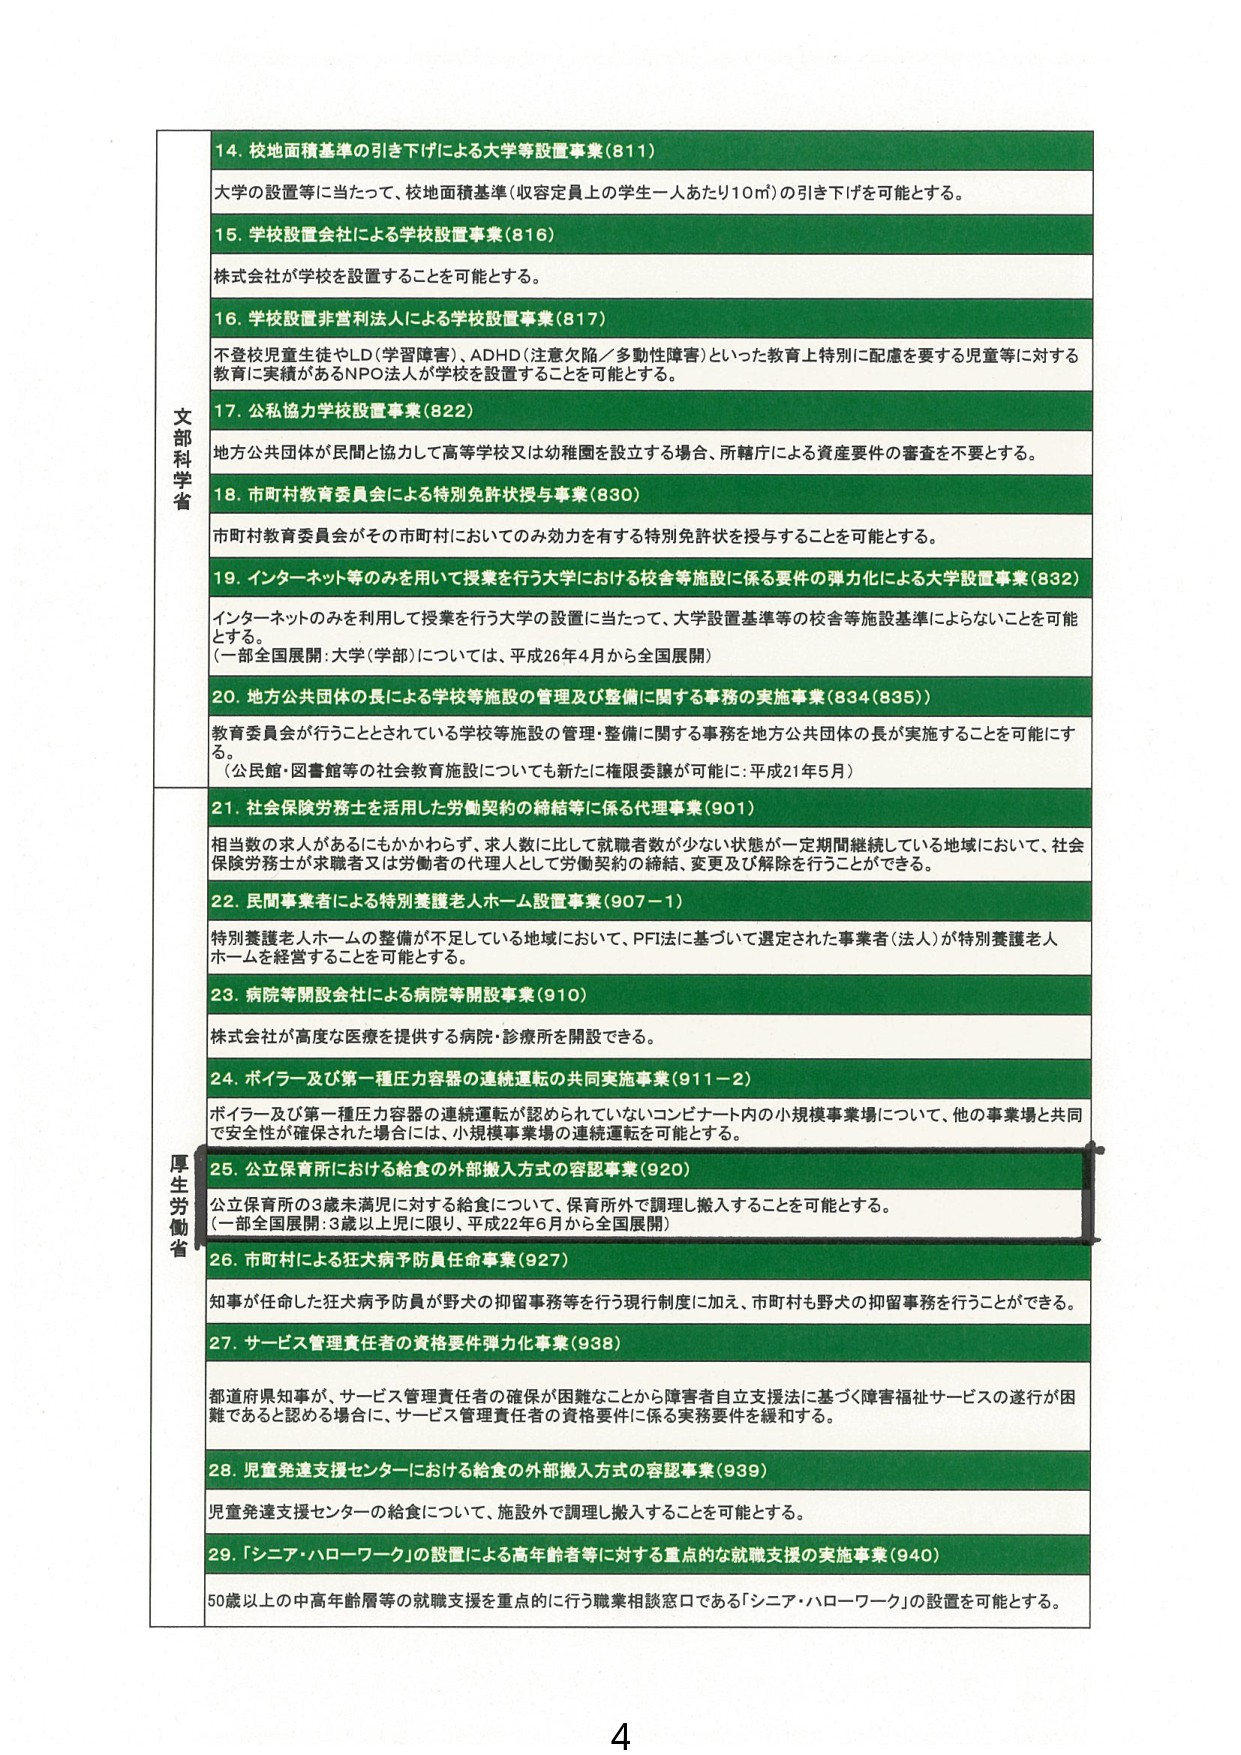
文部科学省
14. 校地面積基準の引き下げによる大学等設置事業（811）
大学の設置等に当たって、校地面積基準（収容定員上の学生一人あたり10㎡）の引き下げを可能とする。
15. 学校設置会社による学校設置事業（816）
株式会社が学校を設置することを可能とする。
16. 学校設置非営利法人による学校設置事業（817）
不登校児童生徒やLD（学習障害）、ADHD（注意欠陥／多動性障害）といった教育上特別に配慮を要する児童等に対する教育に実績があるNPO法人が学校を設置することを可能とする。
17. 公私協力学校設置事業（822）
地方公共団体が民間と協力して高等学校又は幼稚園を設立する場合、所轄庁による資産要件の審査を不要とする。
18. 市町村教育委員会による特別免許状授与事業（830）
市町村教育委員会がその市町村においてのみ効力を有する特別免許状を授与することを可能とする。
19. インターネット等のみを用いて授業を行う大学における校舎等施設に係る要件の弾力化による大学設置事業（832）
インターネットのみを利用して授業を行う大学の設置に当たって、大学設置基準等の校舎等施設基準によらないことを可能とする。
（一部全国展開：大学（学部）については、平成26年4月から全国展開）
20. 地方公共団体の長による学校等施設の管理及び整備に関する事務の実施事業（834（835））
教育委員会が行うこととされている学校等施設の管理・整備に関する事務を地方公共団体の長が実施することを可能にする。
（公民館・図書館等の社会教育施設についてはも新たに権限委譲が可能に：平成21年5月）
厚生労働省
21. 社会保険労務士を活用した労働契約の締結等に係る代理事業（901）
相当数の求人があるにもかかわらず、求人数に比して就職者数が少ない状態が一定期間継続している地域において、社会保険労務士が求職者又は労働者の代理人として労働契約の締結、変更及び解除を行うことができる。
22. 民間事業者による特別養護老人ホーム設置事業（907-1）
特別養護老人ホームの整備が不足している地域において、PFI法に基づいて選定された事業者（法人）が特別養護老人ホームを経営することを可能とする。
23. 病院等開設会社による病院等開設事業（910）
株式会社が高度な医療を提供する病院・診療所を開設できる。
24. ボイラー及び第一種圧力容器の連続運転の共同実施事業（911-2）
ボイラー及び第一種圧力容器の連続運転が認められていないコンビナート内の小規模事業場について、他の事業場と共同で安全性が確保された場合には、小規模事業場の連続運転を可能とする。
25. 公立保育所における給食の外部搬入方式の容認事業（920）
公立保育所の3歳未満児に対する給食について、保育所外で調理し搬入することを可能とする。
（一部全国展開：3歳以上児に限り、平成22年6月から全国展開）
26. 市町村による狂犬病予防員任命事業（927）
知事が任命した狂犬病予防員が野犬の抑留事務等を行う現行制度に加え、市町村も野犬の抑留事務を行うことができる。
27. サービス管理責任者の資格要件弾力化事業（938）
都道府県知事が、サービス管理責任者の確保が困難なことから障害者自立支援法に基づく障害福祉サービスの遂行が困難であると認める場合に、サービス管理責任者の資格要件に係る実務要件を緩和する。
28. 児童発達支援センターにおける給食の外部搬入方式の容認事業（939）
児童発達支援センターの給食について、施設外で調理し搬入することを可能とする。
29. 「シニア・ハローワーク」の設置による高年齢者等に対する重点的な就職支援の実施事業（940）
50歳以上の中高年齢層等の就職支援を重点的に行う職業相談窓口である「シニア・ハローワーク」の設置を可能とする。
4